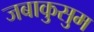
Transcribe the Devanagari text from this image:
जबाकुसुम